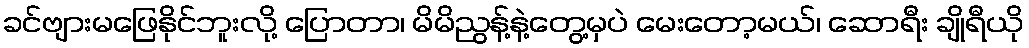
ခင်ဗျားမဖြေနိုင်ဘူးလို့ ပြောတာ၊ မိမိညွန့်နဲ့တွေ့မှပဲ မေးတော့မယ်၊ ဆောရီး ချိုရီယို